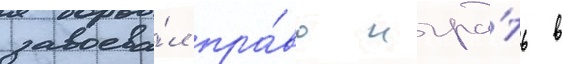
завоева́л пра́во игра́ть в